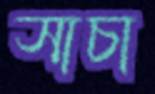
সাচা